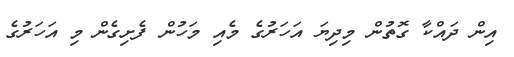
އިން ދައްކާ ގޮތުން މިދިޔަ އަހަރުގެ މެއި މަހުން ފެށިގެން މި އަހަރުގެ